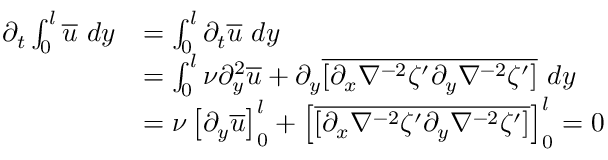
\begin{array} { r l } { \partial _ { t } \int _ { 0 } ^ { l } \overline { { u } } \ d y } & { = \int _ { 0 } ^ { l } \partial _ { t } \overline { { u } } \ d y } \\ & { = \int _ { 0 } ^ { l } \nu \partial _ { y } ^ { 2 } \overline { { u } } + \partial _ { y } \overline { { [ \partial _ { x } \nabla ^ { - 2 } \zeta ^ { \prime } \partial _ { y } \nabla ^ { - 2 } \zeta ^ { \prime } ] } } \ d y } \\ & { = \nu \left[ \partial _ { y } \overline { { u } } \right] _ { 0 } ^ { l } + \left[ \overline { { [ \partial _ { x } \nabla ^ { - 2 } \zeta ^ { \prime } \partial _ { y } \nabla ^ { - 2 } \zeta ^ { \prime } ] } } \right] _ { 0 } ^ { l } = 0 } \end{array}